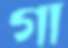
গা